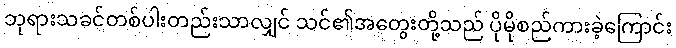
ဘုရားသခင်တစ်ပါးတည်းသာလျှင် သင်၏အတွေးတို့သည် ပိုမိုစည်ကားခဲ့ကြောင်း